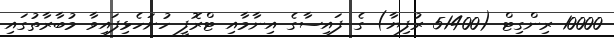
10000 ރިންގިޓް (51400 ރުފިޔާ) ގެ ފައިސާގެ އިނާމާއި ޓްރޮފީ ހުށަހެޅިފައިވާ މުބާރާތުގައި